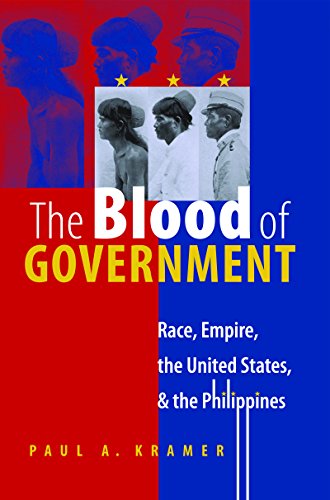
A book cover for The Blood of Government: Race, Empire, the United States, and the Philippines; Paul A. Kramer; History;